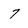
Character: 7